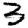
Digit: 3